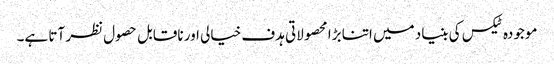
موجودہ ٹیکس کی بنیاد میں اتنا بڑا محصولاتی ہدف خیالی اور ناقابل حصول نظر آتا ہے۔